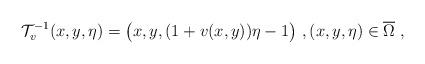
LaTeX: \begin{align*}\mathcal{T}_v^{-1}(x,y,\eta)=\big(x,y,(1+v(x,y))\eta-1\big)\ ,(x,y,\eta)\in \overline{\Omega}\ ,\end{align*}